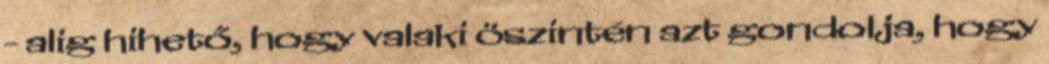
- alig hihető, hogy valaki öszintén azt gondolja, hogy